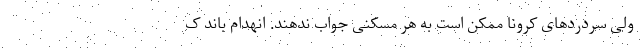
ولی سردردهای کرونا ممکن است به هر مسکنی جواب ندهند. انهدام باند ک